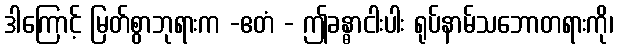
ဒါကြောင့် မြတ်စွာဘုရားက -ဧတံ - ဤခန္ဓာငါးပါး ရုပ်နာမ်သဘောတရားကို၊